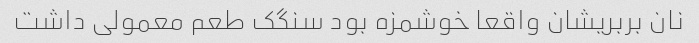
نان بربریشان واقعا خوشمزه بود سنگک طعم معمولی داشت